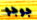
جوجو